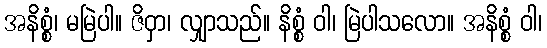
အနိစ္စံ၊ မမြဲပါ။ ဇိဝှာ၊ လျှာသည်။ နိစ္စံ ဝါ၊ မြဲပါသလော။ အနိစ္စံ ဝါ၊